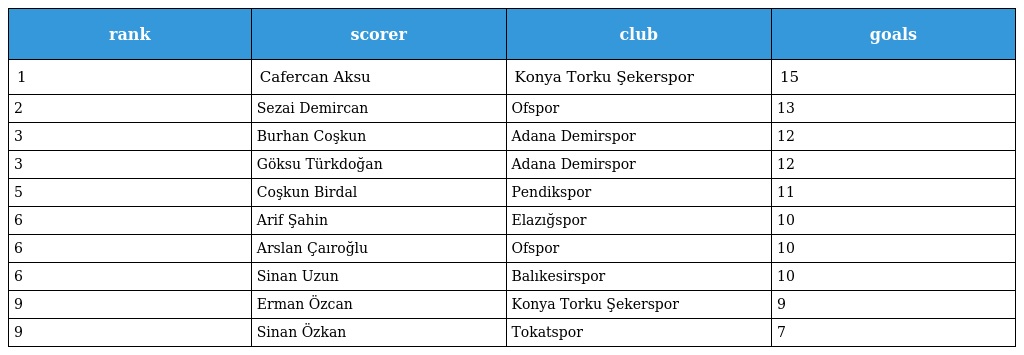
| rank | scorer | club | goals |
 | --- | --- | --- | --- |
 | 1 | Cafercan Aksu | Konya Torku Şekerspor | 15 |
 | 2 | Sezai Demircan | Ofspor | 13 |
 | 3 | Burhan Coşkun | Adana Demirspor | 12 |
 | 3 | Göksu Türkdoğan | Adana Demirspor | 12 |
 | 5 | Coşkun Birdal | Pendikspor | 11 |
 | 6 | Arif Şahin | Elazığspor | 10 |
 | 6 | Arslan Çaıroğlu | Ofspor | 10 |
 | 6 | Sinan Uzun | Balıkesirspor | 10 |
 | 9 | Erman Özcan | Konya Torku Şekerspor | 9 |
 | 9 | Sinan Özkan | Tokatspor | 7 |